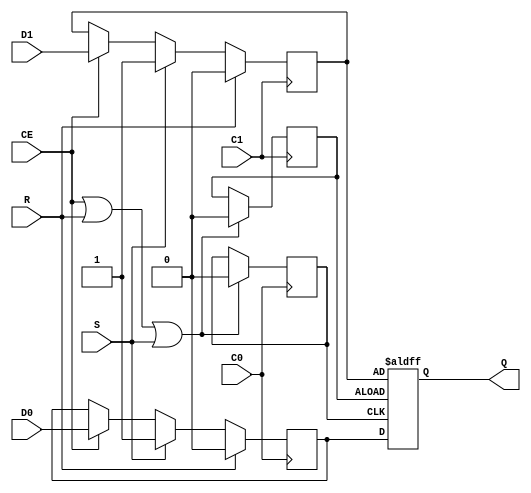
// $Header: /home/marcus/revision_ctrl_test/oc_cvs/cvs/m1_core/hdl/behav/xilinx_unisim/FDDRRSE.v,v 1.1 2008-11-07 13:12:06 fafa1971 Exp $
///////////////////////////////////////////////////////////////////////////////
// Copyright (c) 1995/2004 Xilinx, Inc.
// All Right Reserved.
///////////////////////////////////////////////////////////////////////////////
//   ____  ____
//  /   /\/   /
// /___/  \  /    Vendor : Xilinx
// \   \   \/     Version : 8.1i (I.27)
//  \   \         Description : Xilinx Functional Simulation Library Component
//  /   /                  Dual Data Rate D Flip-Flop with Synchronous Reset and Set and Clock Enable
// /___/   /\     Filename : FDDRRSE.v
// \   \  /  \    Timestamp : Thu Mar 25 16:42:16 PST 2004
//  \___\/\___\
//
// Revision:
//    03/23/04 - Initial version.
//    02/04/05 - Rev 0.0.1 Remove input/output bufs; Seperate GSR from clock block.
//    05/06/05 - Remove internal input data strobe and add to the output. (CR207678)
//    10/20/05 - Add set & reset check to main  block. (CR219794)
//    10/28/05 - combine strobe block and data block. (CR220298).
//    2/07/06 - Remove set & reset from main block and add specify block (CR225119)
//    2/10/06 - Change Q from reg to wire (CR 225613)
// End Revision

`timescale  1 ps / 1 ps


module FDDRRSE (Q, C0, C1, CE, D0, D1, R, S);

    parameter INIT = 1'h0;

    output Q;

    input  C0, C1, CE, D0, D1, R, S;

    wire Q;
    reg q_out;

    reg q0_out, q1_out;
    reg C0_tmp, C1_tmp;

    initial begin
       q_out = INIT;
       q0_out = INIT;
       q1_out = INIT;
       C0_tmp = 0;
       C1_tmp = 0;
    end

    assign Q = q_out;

    always @(posedge C0) 
      if (CE == 1 || R == 1 || S == 1) begin
      C0_tmp <=  1;
      C0_tmp <= #100 0;
    end

    always @(posedge C1) 
     if (CE == 1 || R == 1 || S == 1) begin
      C1_tmp <=  1;
      C1_tmp <= #100 0;
    end

        always @(posedge C0) 
            if (R)
                q0_out <=  0;
            else if (S)
                q0_out <=  1;
            else if (CE)
                q0_out <= D0;

        always @(posedge C1)
            if (R)
                q1_out <=  0;
            else if (S)
                q1_out <=  1;
            else if (CE)
                q1_out <=  D1;

       always @(posedge C0_tmp or posedge C1_tmp )
            if (C1_tmp)
               q_out =  q1_out;
            else 
               q_out =  q0_out;

    specify
        if (R)
            (posedge C0 => (Q +: 1'b0)) = (100, 100);
        if (!R && S)
            (posedge C0 => (Q +: 1'b1)) = (100, 100);
        if (!R && !S && CE)
            (posedge C0 => (Q +: D0)) = (100, 100);
        if (R)
            (posedge C1 => (Q +: 1'b0)) = (100, 100);
        if (!R && S)
            (posedge C1 => (Q +: 1'b1)) = (100, 100);
        if (!R && !S && CE)
            (posedge C1 => (Q +: D1)) = (100, 100);
    endspecify

endmodule